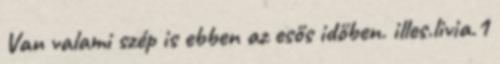
Van valami szép is ebben az esős időben. illes.livia.1